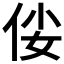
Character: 𠈤